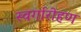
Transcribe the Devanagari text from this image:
स्‍वर्गारोहण